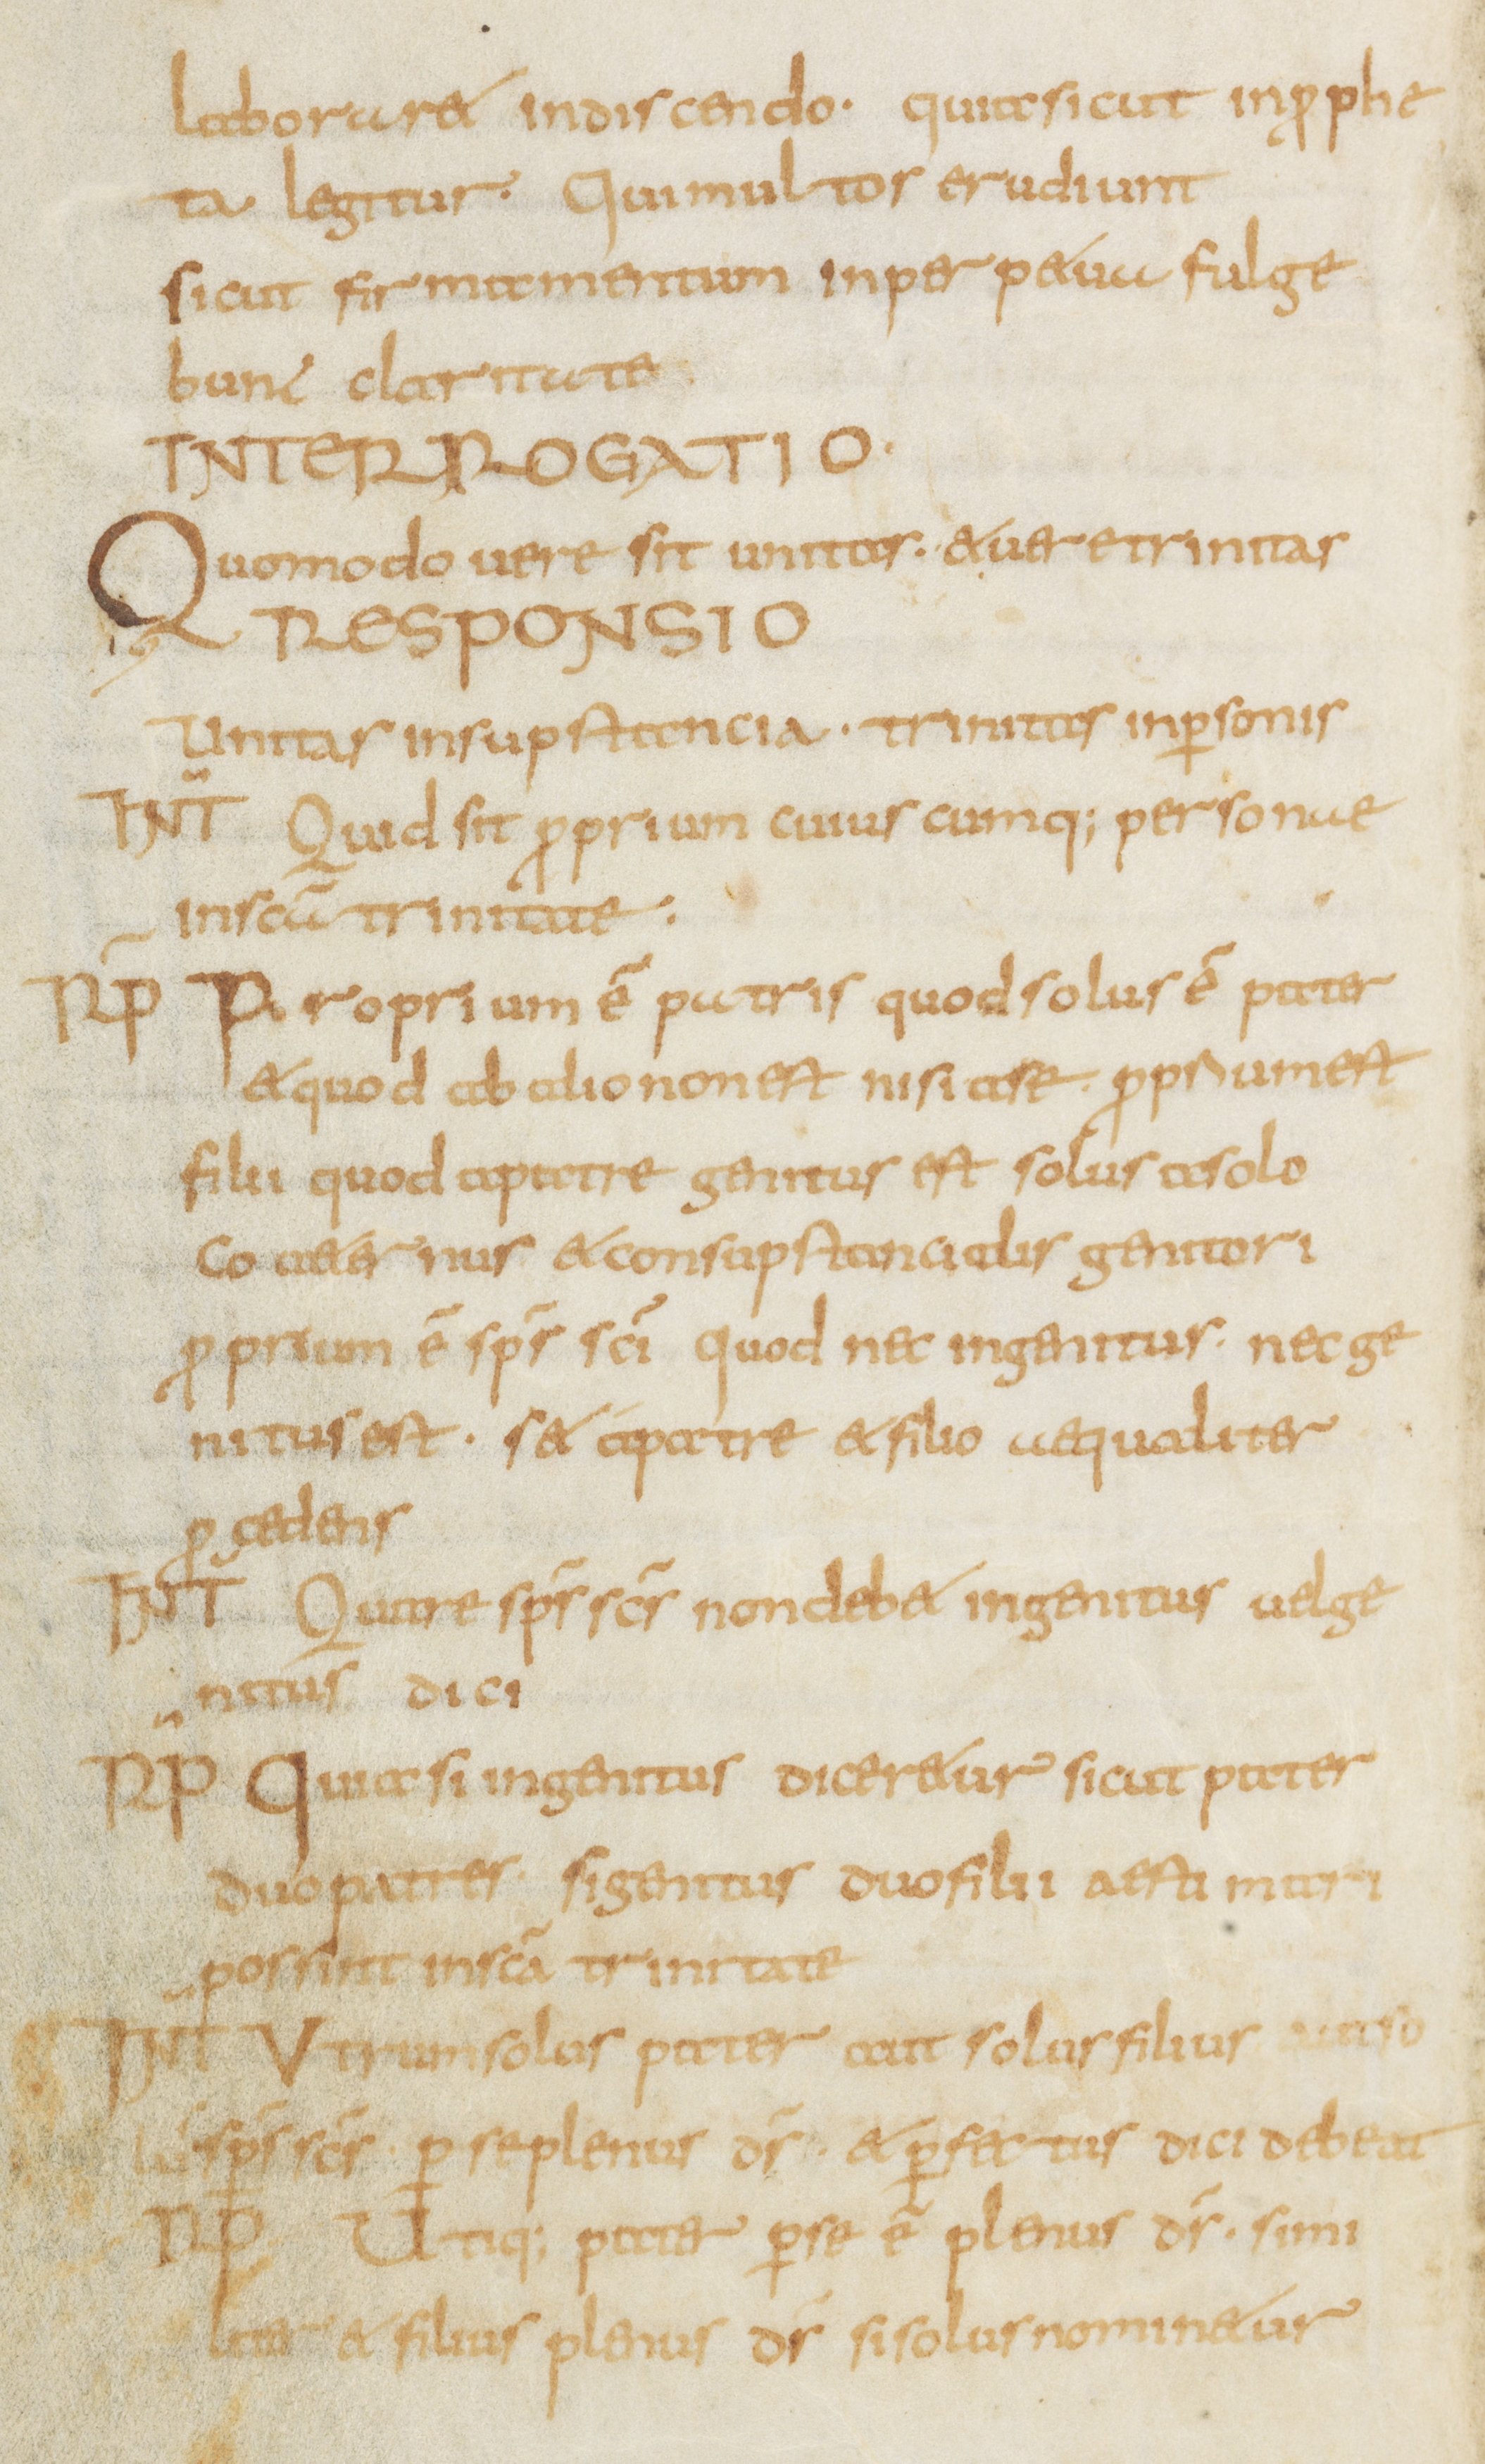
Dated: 800–899